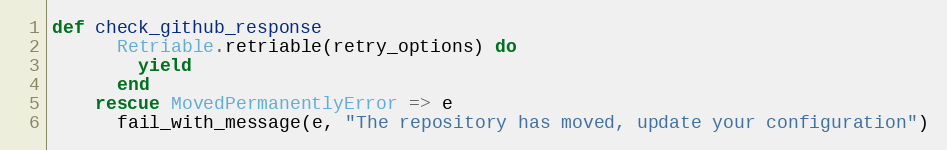
Language: Ruby
def check_github_response
      Retriable.retriable(retry_options) do
        yield
      end
    rescue MovedPermanentlyError => e
      fail_with_message(e, "The repository has moved, update your configuration")